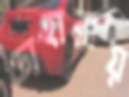
চোহারায়